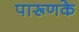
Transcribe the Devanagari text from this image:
पारूणके